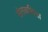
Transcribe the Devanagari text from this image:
संतकविता